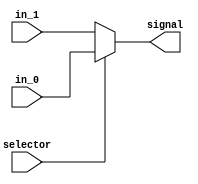
`timescale 1ns / 1ps
//////////////////////////////////////////////////////////////////////////////////
// Company: 
// Engineer: 
// 
// Design Name: 
// Module Name: increment_selector
// Project Name: 
// Target Devices: 
// Tool Versions: 
// Description: 
// 
// Dependencies: 
// 
// Revision:
// Revision 0.01 - File Created
// Additional Comments:
// 
//////////////////////////////////////////////////////////////////////////////////


module increment_selector(

input selector,

input in_0,
input in_1,

output signal
    );

reg signal_temp;

always @(*) begin

    if(selector) begin
        signal_temp <= in_0;
    end else begin
        signal_temp <= in_1;
    end

end
    
assign signal = signal_temp;
    
endmodule